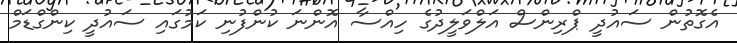
އެގޮތުން ސައުދީ ޕްރިންސް އަލްވަލީދުގެ ހިއްސާ އޮންނަ ކުންފުނި ކަމުގައި ސައުދީ ކިންގްޑަމް